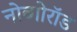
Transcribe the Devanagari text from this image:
नोव्गोरॉड